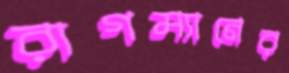
রাগম্যানের